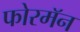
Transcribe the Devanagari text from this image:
फोरमॅन